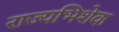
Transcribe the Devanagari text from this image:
राज्यभिशेक